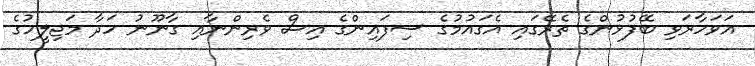
އަވަހާރަވި ބޭފުޅުންގެ ތެރޭގައި އެގައުމުގެ ސިފައިންގެ އިސް ވެރިންނާއި ގާނޫނު ހަދާ މަޖިލީހުގެ